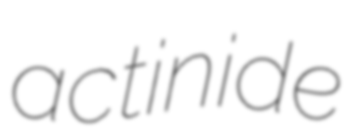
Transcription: actinide